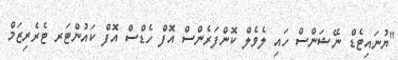
"ޔުނައިޓެޑް ނޭޝަންސް ހައި ލެވެލް ކޮންފަރެންސް އޮފް ހެޑްސް އޮފް ކައުންޓަރ ޓެރެރިޒަމް